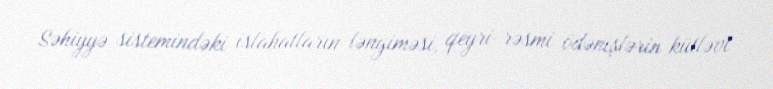
Səhiyyə sistemindəki islahatların ləngiməsi, qeyri-rəsmi ödənişlərin kütləvi